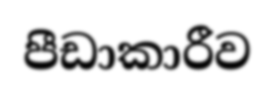
පීඩාකාරීව